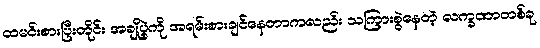
ထမင်းစားပြီးတိုင်း အချိုပွဲကို အရမ်းစားချင်နေတာကလည်း သကြားစွဲနေတဲ့ လက္ခဏာတစ်ခု